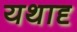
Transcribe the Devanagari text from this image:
यथादृ